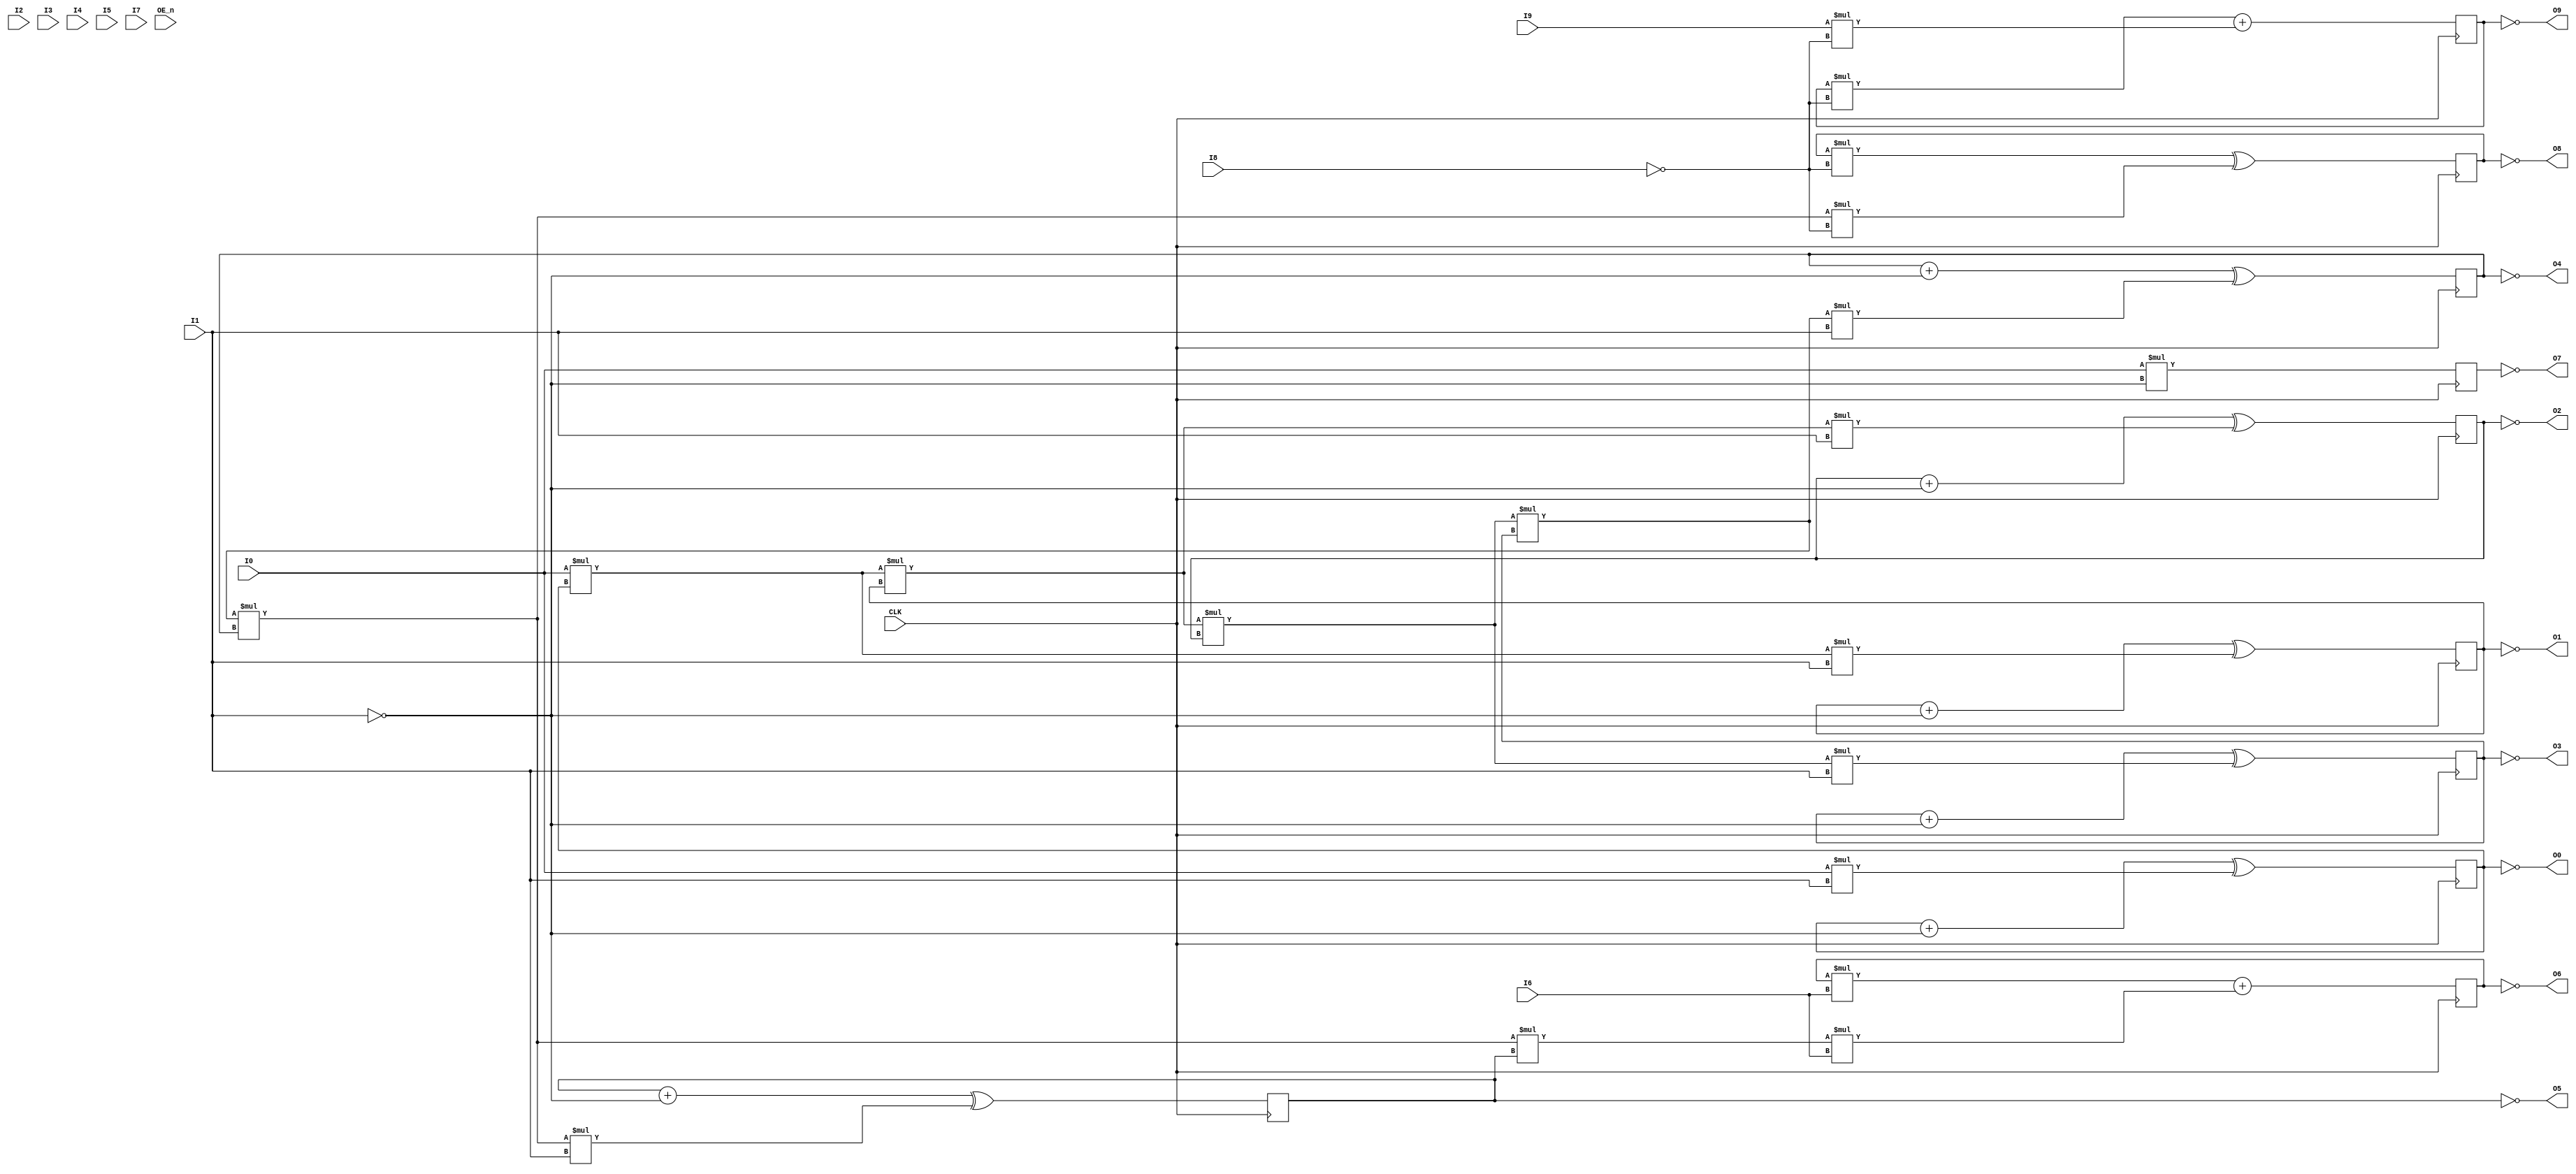
// PAL20X10
// Rev 1.1			Wed Jul  4 1984
// U211		Timer controller PAL for 120 cpu board
// Sun Microsystems Inc, Mt View CA

module pal20X10_u211 (input I0,
		      input  I1,
		      input  I2,
		      input  I3,
		      input  I4,
		      input  I5,
		      input  I6,
		      input  I7,
		      input  I8,
		      input  I9,
		      output O0,
		      output O1,
		      output O2,
		      output O3,
		      output O4,
		      output O5,
		      output O6,
		      output O7,
		      output O8,
		      output O9,
		      input  CLK,
		      input OE_n);

   wire c100, c200, por, sysb, sds, initin, ren, p_halt, as, tin;
   reg q0=0, q1=0, q2=0, q3=0, q4=0, q5=0, rreq = 0, init = 0, t=0, timeout = 0;
   
   // c100 /c200 /por sysb /sds /initin notused /ren /p.halt /as tin gnd
   assign c100 = CLK;
   assign c200 = I0;
   assign por = ~I1;
   assign sysb = I2;
   assign sds = ~I3;
   assign initin = ~I4;
   assign ren = ~I6;
   assign p_halt = ~I7;
   assign as = ~I8;
   assign tin = I9;
   
   // /oe /timeout /t /init /rreq /q5 /q4 /q3 /q2 /q1 /q0 vcc
   assign O0 = ~q0;
   assign O1 = ~q1;
   assign O2 = ~q2;
   assign O3 = ~q3;
   assign O4 = ~q4;
   assign O5 = ~q5;
   assign O6 = ~rreq;
   assign O7 = ~init;
   assign O8 = ~t;
   assign O9 = ~timeout;

//
// Macros
//
//#define Q7-	/t
//#define Q6-	/rreq
//#define CY4	c200
//#define CY8	CY4 * q0
//#define CY16	CY8 * q1
//#define CY32	CY16 * q2
//#define CY64	CY32 * q3
//#define CY128	CY64 * q4
//#define CY256	CY128 * q5
//#define CY512	CY256 * /Q6-
//#define CY1024	CY512 * /Q7-
//
//q0	:= q0 + por :+:   // C400
//	   CY4 * /por
//
//q1	:= q1 1 por :+:   // C800
//	   CY8 * /por
//
//q2	:= q2 + por :+:   // C1600
//	    CY16 * /por
//
//q3	:= q3 + por :+:   // C3200
//	   CY32 * /por
//
//q4	:= q4 + por :+:   // C6400
//	   CY64 * /por
//
//q5	:= q5 + por :+:   // C12800
//	   CY128 * /por
//
//rreq	:= rreq * /ren +
//	   CY256 * /ren
//
//init	:= init + por :+:
//	   //
//	   // watchdog reset!
//	   //
//	   CY256 * p.halt * /sds * /sysb
//	     * /por
//
//t	:= t * as :+:
//	   CY128 * as
//
//timeout	:= timeout * as +
//	   tin * as

   always @(posedge c100)
     begin
	q0 <= q0 + por ^ // C400
	      c200 * ~por;
	
	q1 <= q1 + por ^ // C800
	      c200 * q0 * ~por;

	q2 <= q2 + por ^ // C1600
	      c200 * q0 * q1 * ~por;
	
	q3 <= q3 + por ^ // C3200
	      c200 * q0 * q1 * q2 * ~por;
	
	q4 <= q4 + por ^ // C6400
	      c200 * q0 * q1 * q2 * q3 * ~por;

	q5 <= q5 + por ^ // C12800
	      c200 * q0 * q1 * q2 * q3 * q4 * ~por;

	rreq <= rreq * ~ren +
		c200 * q0 * q1 * q2 * q3 * q4 * q5 * ~ren;

//	init <= init + por ^
		//
		// watchdog reset!
		//
//		c200 * q0 * q1 * q2 * q3 * q4 * q5 * p_halt * ~sds * ~sysb * ~por;
//temp
	init <= (c200 * por);
	
	t <= t * as ^
	     c200 * q0 * q1 * q2 * q3 * q4 * as;
	
	timeout <= timeout * as +
		   tin * as;
     end

endmodule